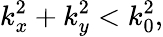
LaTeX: k_{x}^{2}+k_{y}^{2}<k_{0}^{2},